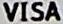
VISA